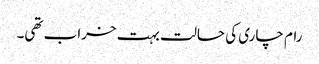
رام چاری کی حالت بہت خراب تھی۔